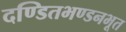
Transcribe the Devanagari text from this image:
दण्डितभण्डनभूत